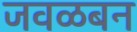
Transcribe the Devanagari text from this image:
जवळबन